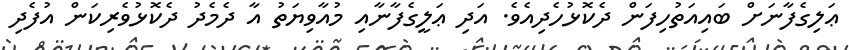
ޢަލިގެފާނަށް ބައިއަތުހިފަން ދެކޮޅުހެދިއެވެ. އަދި ޢަލީގެފާނާއި މުއާވިޔަތު އާ ދެމެދު ދެކޮޅުވެރިކަން އުފެދި